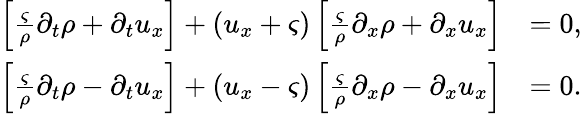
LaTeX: \begin{array}{rl}{\left[\frac{\varsigma}{\rho}\partial_{t}\rho+\partial_{t}u_{x}\right]+\left(u_{x}+\varsigma\right)\left[\frac{\varsigma}{\rho}\partial_{x}\rho+\partial_{x}u_{x}\right]}&{=0,}\\ {\left[\frac{\varsigma}{\rho}\partial_{t}\rho-\partial_{t}u_{x}\right]+\left(u_{x}-\varsigma\right)\left[\frac{\varsigma}{\rho}\partial_{x}\rho-\partial_{x}u_{x}\right]}&{=0.}\end{array}